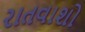
રાતવાશો